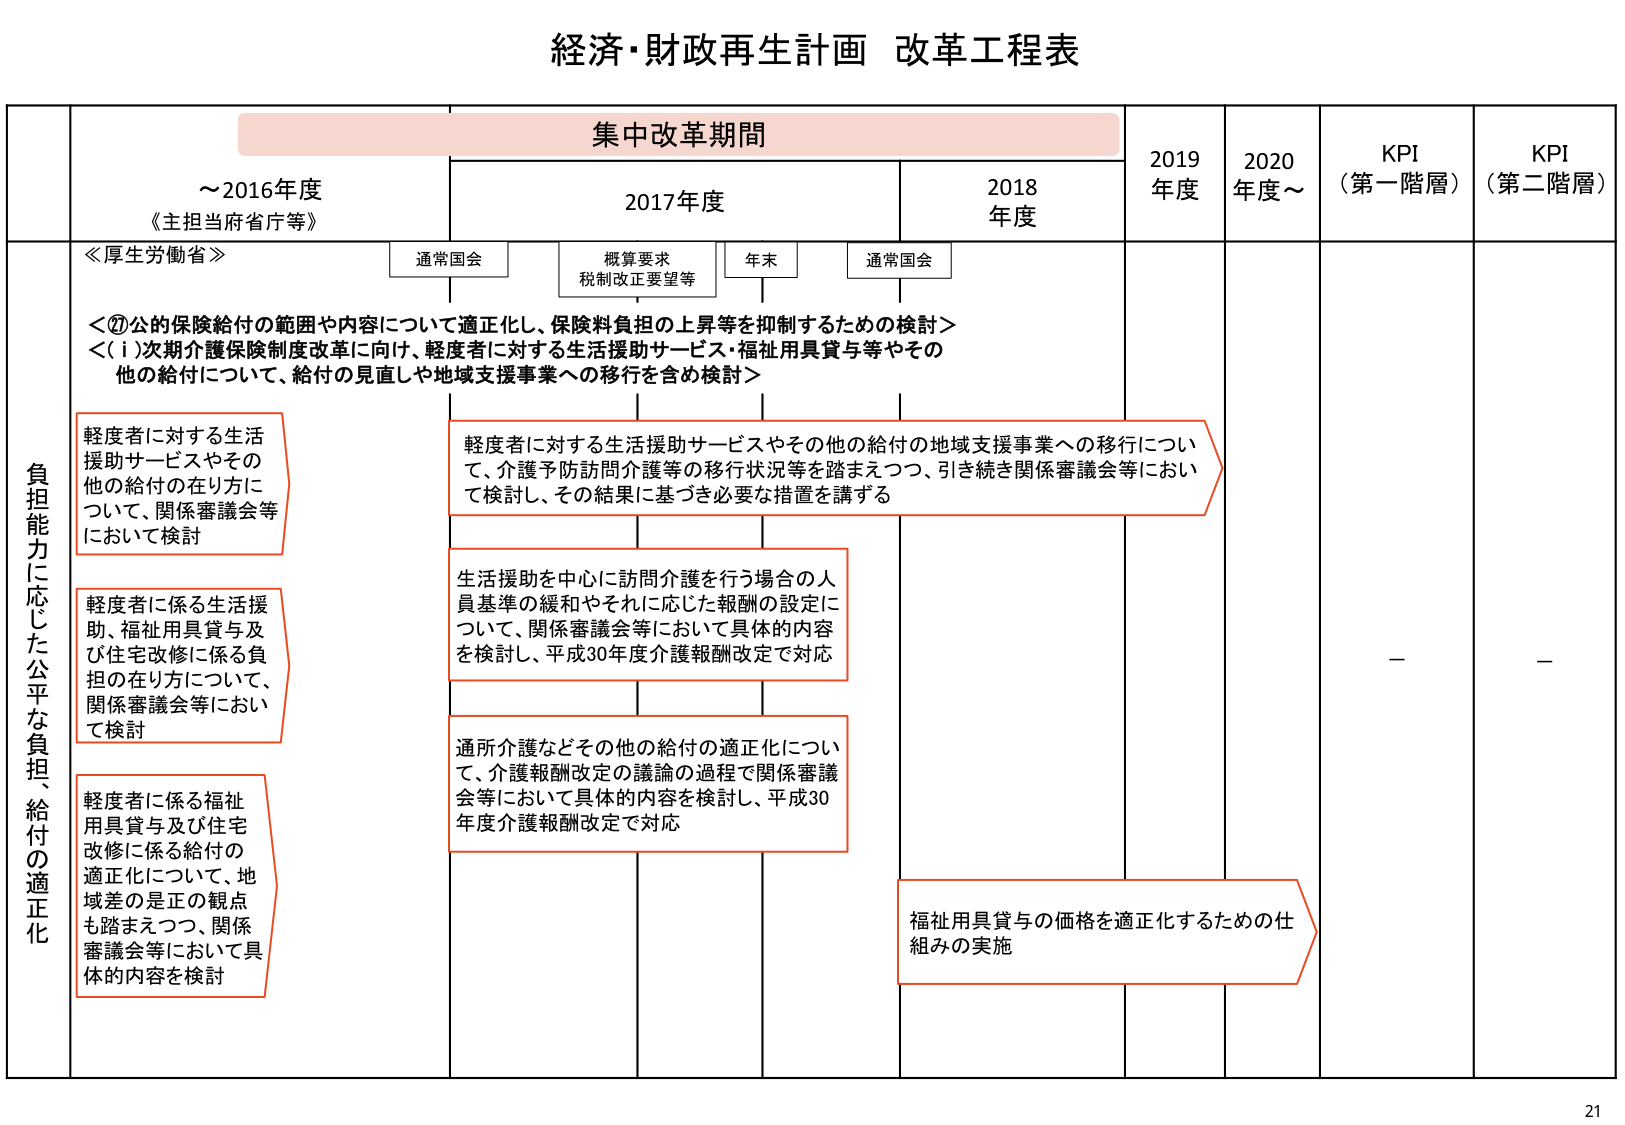
経済・財政再生計画 改革工程表

集中改革期間

～2016年度
《主担当府省庁等》

2017年度
通常国会
概算要求
税制改正要望等
年末
通常国会

2018年度

2019年度

2020年度～

KPI
（第一階層）

KPI
（第二階層）

≪厚生労働省≫

＜⑦公的保険給付の範囲や内容について適正化し、保険料負担の上昇等を抑制するための検討＞
＜（ⅰ）次期介護保険制度改革に向け、軽度者に対する生活援助サービス・福祉用具貸与等やその他の給付について、給付の見直しや地域支援事業への移行を含め検討＞

負担能力に応じた公平な負担、給付の適正化

軽度者に対する生活援助サービスやその他の給付の在り方について、関係審議会等において検討

軽度者に対する生活援助サービスやその他の給付の地域支援事業への移行について、介護予防訪問介護等の移行状況等を踏まえつつ、引き続き関係審議会等において検討し、その結果に基づき必要な措置を講ずる

軽度者に係る生活援助、福祉用具貸与及び住宅改修に係る負担の在り方について、関係審議会等において検討

生活援助を中心に訪問介護を行う場合の人員基準の緩和やそれに応じた報酬の設定について、関係審議会等において具体的な内容を検討し、平成30年度介護報酬改定で対応

軽度者に係る福祉用具貸与及び住宅改修に係る給付の適正化について、地域差の是正の観点も踏まえつつ、関係審議会等において具体的な内容を検討

通所介護などその他の給付の適正化について、介護報酬改定の議論の過程で関係審議会等において具体的な内容を検討し、平成30年度介護報酬改定で対応

福祉用具貸与の価格を適正化するための仕組みの実施

－
－

21